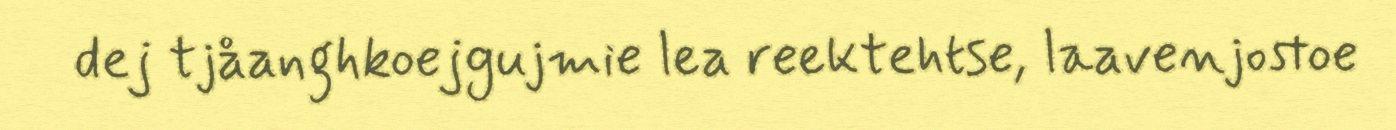
dej tjåanghkoejgujmie lea reektehtse, laavenjostoe